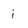
Character: i